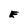
Character: E